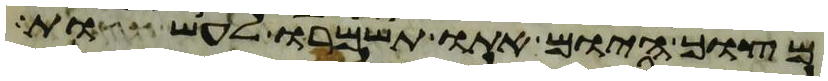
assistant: מצוך היום אתו תשמרו לעשות